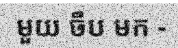
មួយ ចឹប មក -